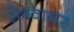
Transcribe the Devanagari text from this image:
सेग्वायर